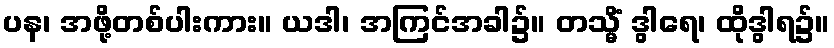
ပန၊ အဖို့တစ်ပါးကား။ ယဒါ၊ အကြင်အခါ၌။ တသ္မိံ ဒွါရေ၊ ထိုဒွါရ၌။